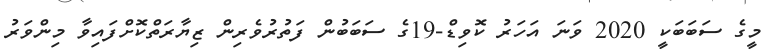
މީގެ ސަބަބަކީ 2020 ވަނަ އަހަރު ކޮވިޑް-19ގެ ސަބަބުން ފަތުރުވެރިން ޒިޔާރަތްކޮށްފައިވާ މިންވަރު